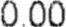
0.00